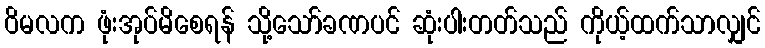
ဝိမလက ဖုံးအုပ်မိစေရန် သို့သော်ခဏပင် ဆုံးပါးတတ်သည် ကိုယ့်ထက်သာလျှင်